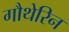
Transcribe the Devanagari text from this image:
गौथेरिन